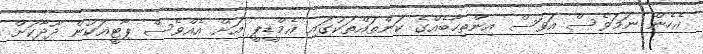
އެހެން ނަމަވެސް އަވަސް އިންތިހާބެއްގެ ކަންތައްތަކުގައި އެމްޑީޕީ އަށް އެއްވެސް ޕާޓީއަކުން ދޫދާކަށް